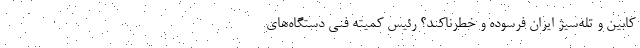
‌کابین و تله‌سیژ ایران فرسوده و خطرناکند؟ رئیس کمیته فنی دستگاه‌های